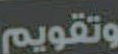
وتقويم